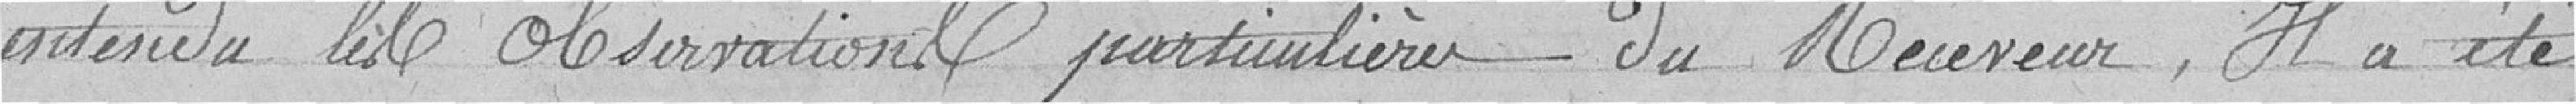
entendu les observations particulières du Receveur. Il a été